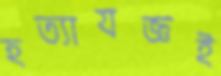
হত্যাযজ্ঞই